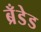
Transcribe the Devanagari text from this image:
ब्रँडेड